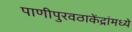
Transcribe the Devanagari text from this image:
पाणीपुरवठाकेंद्रांमध्ये